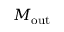
M _ { \mathrm { o u t } }